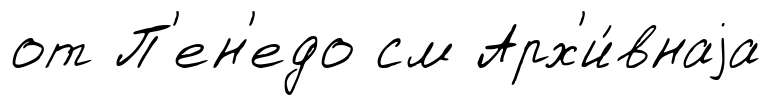
от П'ен'едо см Арх'и́внаjа